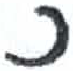
אות: כ